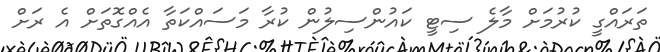
ތަރައްގީ ކުރުމަށް މާލެ ސިޓީ ކައުންސިލުން ކުރާ މަސައްކަތާ އެއްގޮތަށް އެ ރަށް